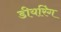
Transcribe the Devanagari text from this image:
डीयरिंग